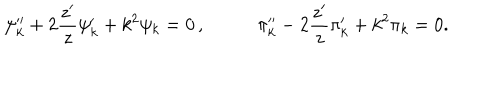
LaTeX: \psi _ { k } ^ { \prime \prime } + 2 \frac { z ^ { \prime } } { z } \psi _ { k } ^ { \prime } + k ^ { 2 } \psi _ { k } = 0 \, , ~ ~ \pi _ { k } ^ { \prime \prime } - 2 \frac { z ^ { \prime } } { z } \pi _ { k } ^ { \prime } + k ^ { 2 } \pi _ { k } = 0 .